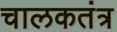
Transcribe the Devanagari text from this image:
चालकतंत्र